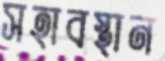
সহাবস্থান